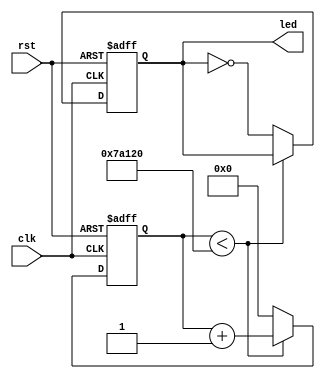
module counter(rst, clk, led);
input rst, clk;
output led;
reg led;
reg [31:0]cnt;

// this script toggles the LED at 4Hz

always@(posedge clk or negedge rst)
begin

	// if reset pin is high
	if(rst == 0)
	begin
		cnt <= 0;
		led <= 0;
	end

	// reset pin is low, don't reset
	else
	begin
	
		// if count is greater than five hundred thousand, increment
		if(cnt < 500000)
		begin
			cnt <= cnt + 1;
		end
		// reset
		else
		begin
			cnt <= 0;
			led <= ~led;
		end
	end
end

endmodule